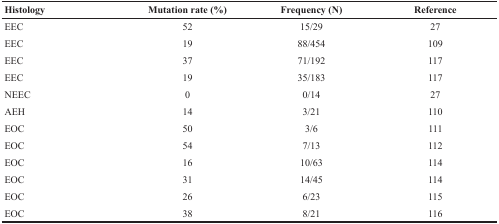
<table><thead><tr><td><b>Histology</b></td><td><b>Mutation rate (%)</b></td><td><b>Frequency (N)</b></td><td><b>Reference</b></td></tr></thead><tbody><tr><td>EEC</td><td>52</td><td>15/29</td><td>27</td></tr><tr><td>EEC</td><td>19</td><td>88/454</td><td>109</td></tr><tr><td>EEC</td><td>37</td><td>71/192</td><td>117</td></tr><tr><td>EEC</td><td>19</td><td>35/183</td><td>117</td></tr><tr><td>NEEC</td><td>0</td><td>0/14</td><td>27</td></tr><tr><td>AEH</td><td>14</td><td>3/21</td><td>110</td></tr><tr><td>EOC</td><td>50</td><td>3/6</td><td>111</td></tr><tr><td>EOC</td><td>54</td><td>7/13</td><td>112</td></tr><tr><td>EOC</td><td>16</td><td>10/63</td><td>114</td></tr><tr><td>EOC</td><td>31</td><td>14/45</td><td>114</td></tr><tr><td>EOC</td><td>26</td><td>6/23</td><td>115</td></tr><tr><td>EOC</td><td>38</td><td>8/21</td><td>116</td></tr></tbody></table>